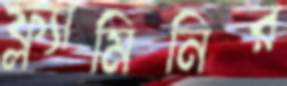
ফ্ল্যামিনির